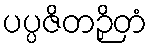
ပပ္ပဇိတဉှိတံ